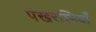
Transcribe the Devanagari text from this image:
पंखरश्मियाँ